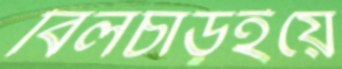
বিলচাড়ইয়ে